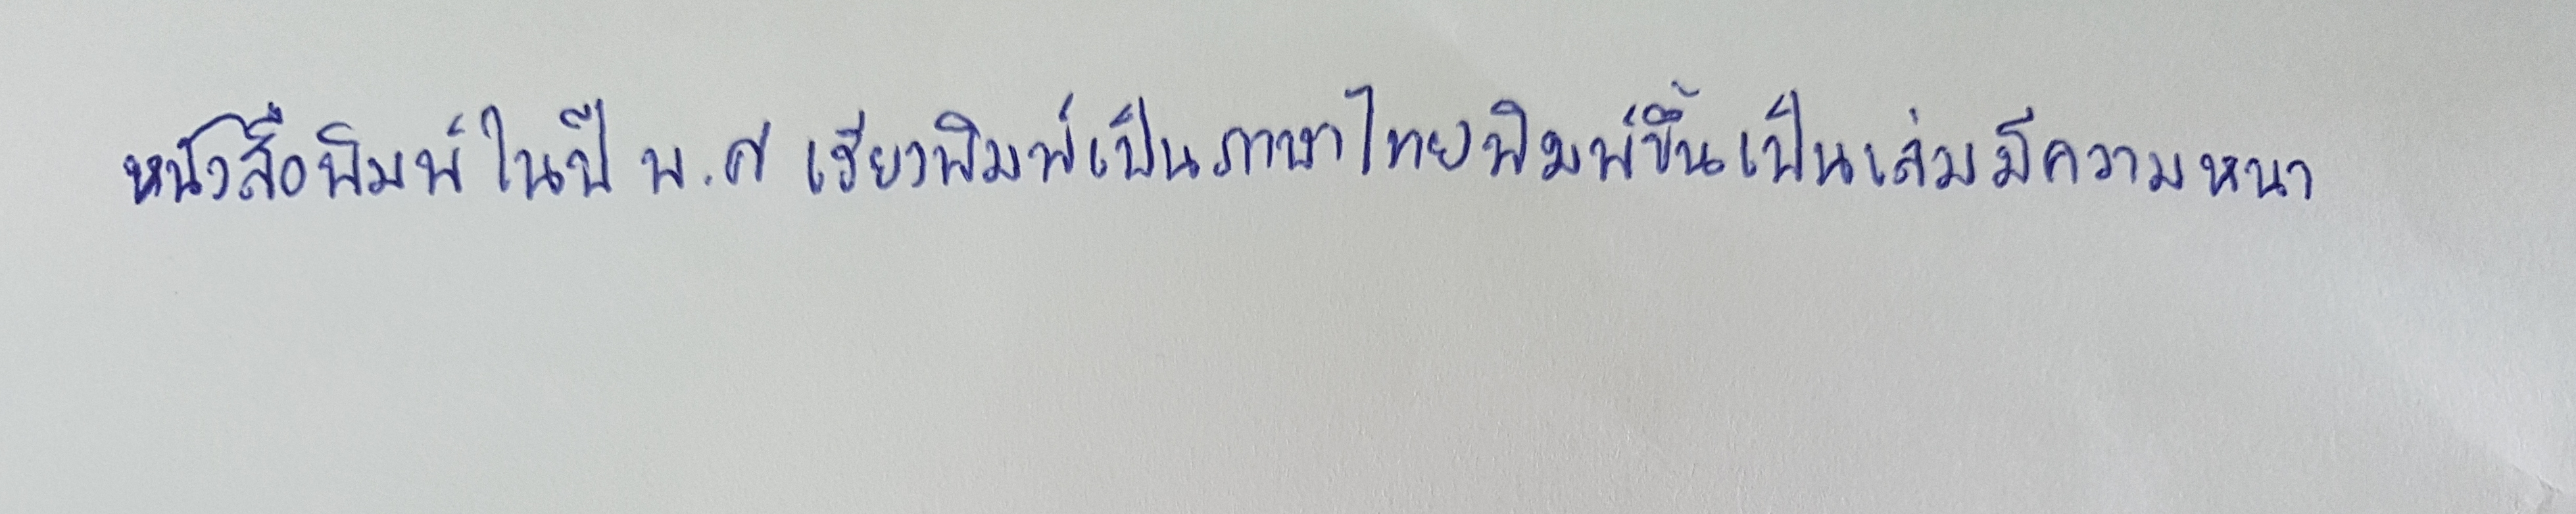
หนังสือนี้พิมพ์ในปีพ.ศ.เรียงพิมพ์เป็นภาษาไทยพิมพ์ขึ้นเป็นเล่มมีความหนา